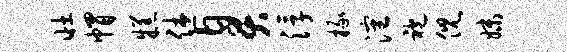
壮帽糕休臭浮掾沈袍倪妹